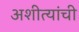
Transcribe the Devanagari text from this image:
अशीत्यांची